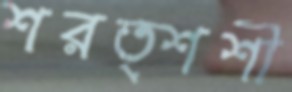
শরত্শশী